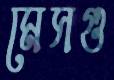
মেসগু